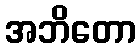
အဘိတော